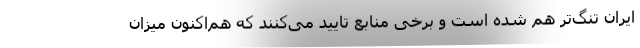
ایران تنگ‌تر هم شده است و برخی منابع تایید می‌كنند كه هم‌اكنون میزان